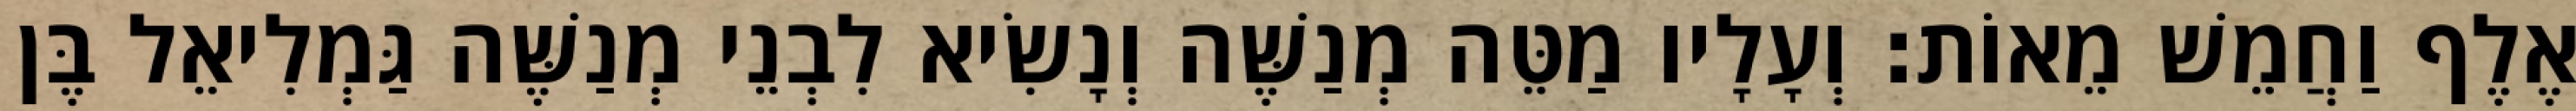
אֶלֶף וַחֲמֵשׁ מֵאוֹת׃ וְעָלָיו מַטֵּה מְנַשֶּׁה וְנָשִׂיא לִבְנֵי מְנַשֶּׁה גַּמְלִיאֵל בֶּן